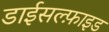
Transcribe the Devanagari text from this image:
डाईसल्फ़ाइड